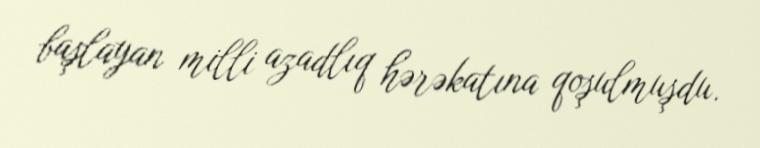
başlayan milli azadlıq hərəkatına qoşulmuşdu.